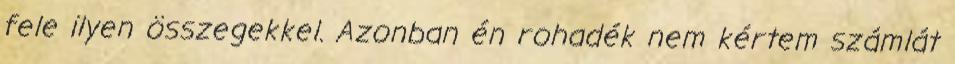
fele ilyen összegekkel. Azonban én rohadék nem kértem számlát